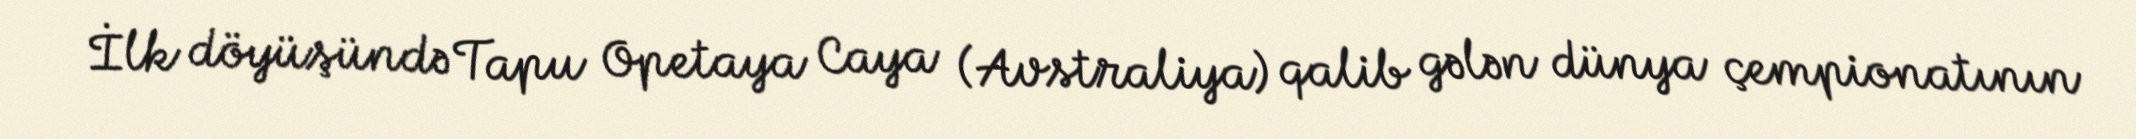
İlk döyüşündə Tapu Opetaya Caya (Avstraliya) qalib gələn dünya çempionatının